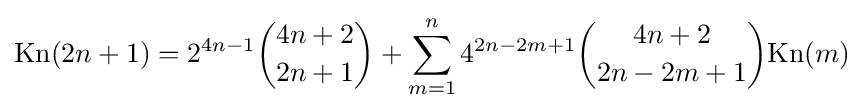
{\text{Kn}}(2n+1)=2^{4n-1}{\binom {4n+2}{2n+1}}+\sum _{m=1}^{n}4^{2n-2m+1}{\binom {4n+2}{2n-2m+1}}{\text{Kn}}(m)